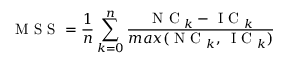
\textrm { M S S } = \frac { 1 } { n } \sum _ { k = 0 } ^ { n } \frac { \textrm { N C } _ { k } - \textrm { I C } _ { k } } { m a x ( \textrm { N C } _ { k } , \, \textrm { I C } _ { k } ) }